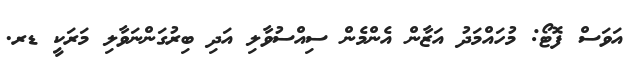
އަވަސް ފޮޓޯ: މުހައްމަދު އަޒާން އެންމެން ސިއްސުވާލި އަދި ބިރުގަންނަވާލި މަރަކީ ޑރ.